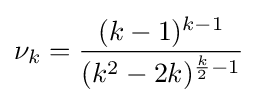
\nu _{k}={\frac {(k-1)^{k-1}}{(k^{2}-2k)^{{\frac {k}{2}}-1}}}